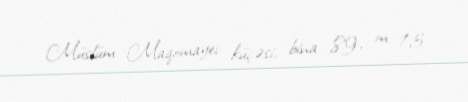
Müslüm Maqomayev küçəsi, bina 89, m. 13